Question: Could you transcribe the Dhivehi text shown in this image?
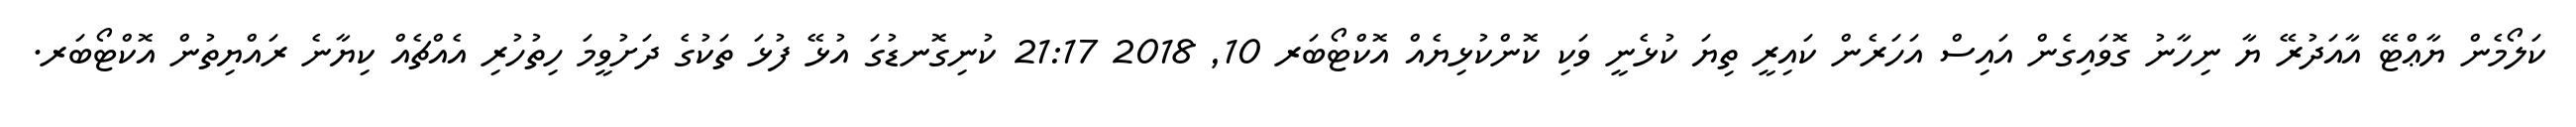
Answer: ކަލޯމެން ޔާޢްޓޭ އާއަދުރޭ ޔާ ނިހާނު ގޮވައިގެން އައިސް އަހަރެން ކައިރީ ތިޔަ ކުޅެނީ ވަކި ކޮންކުޅިޔެއް އޮކްޓޯބަރ 10, 2018 21:17 ކުނިގޮނޑުގަ އުޅޭ ފުޅަ ތަކުގެ ދަށުވީމަ ހިތުހުރި އެއްޗެއް ކިޔާނެ ރައްޔިތުން އޮކްޓޯބަރ.